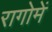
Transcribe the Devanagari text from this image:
रागोमें